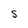
Character: S